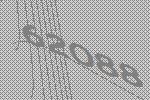
62088